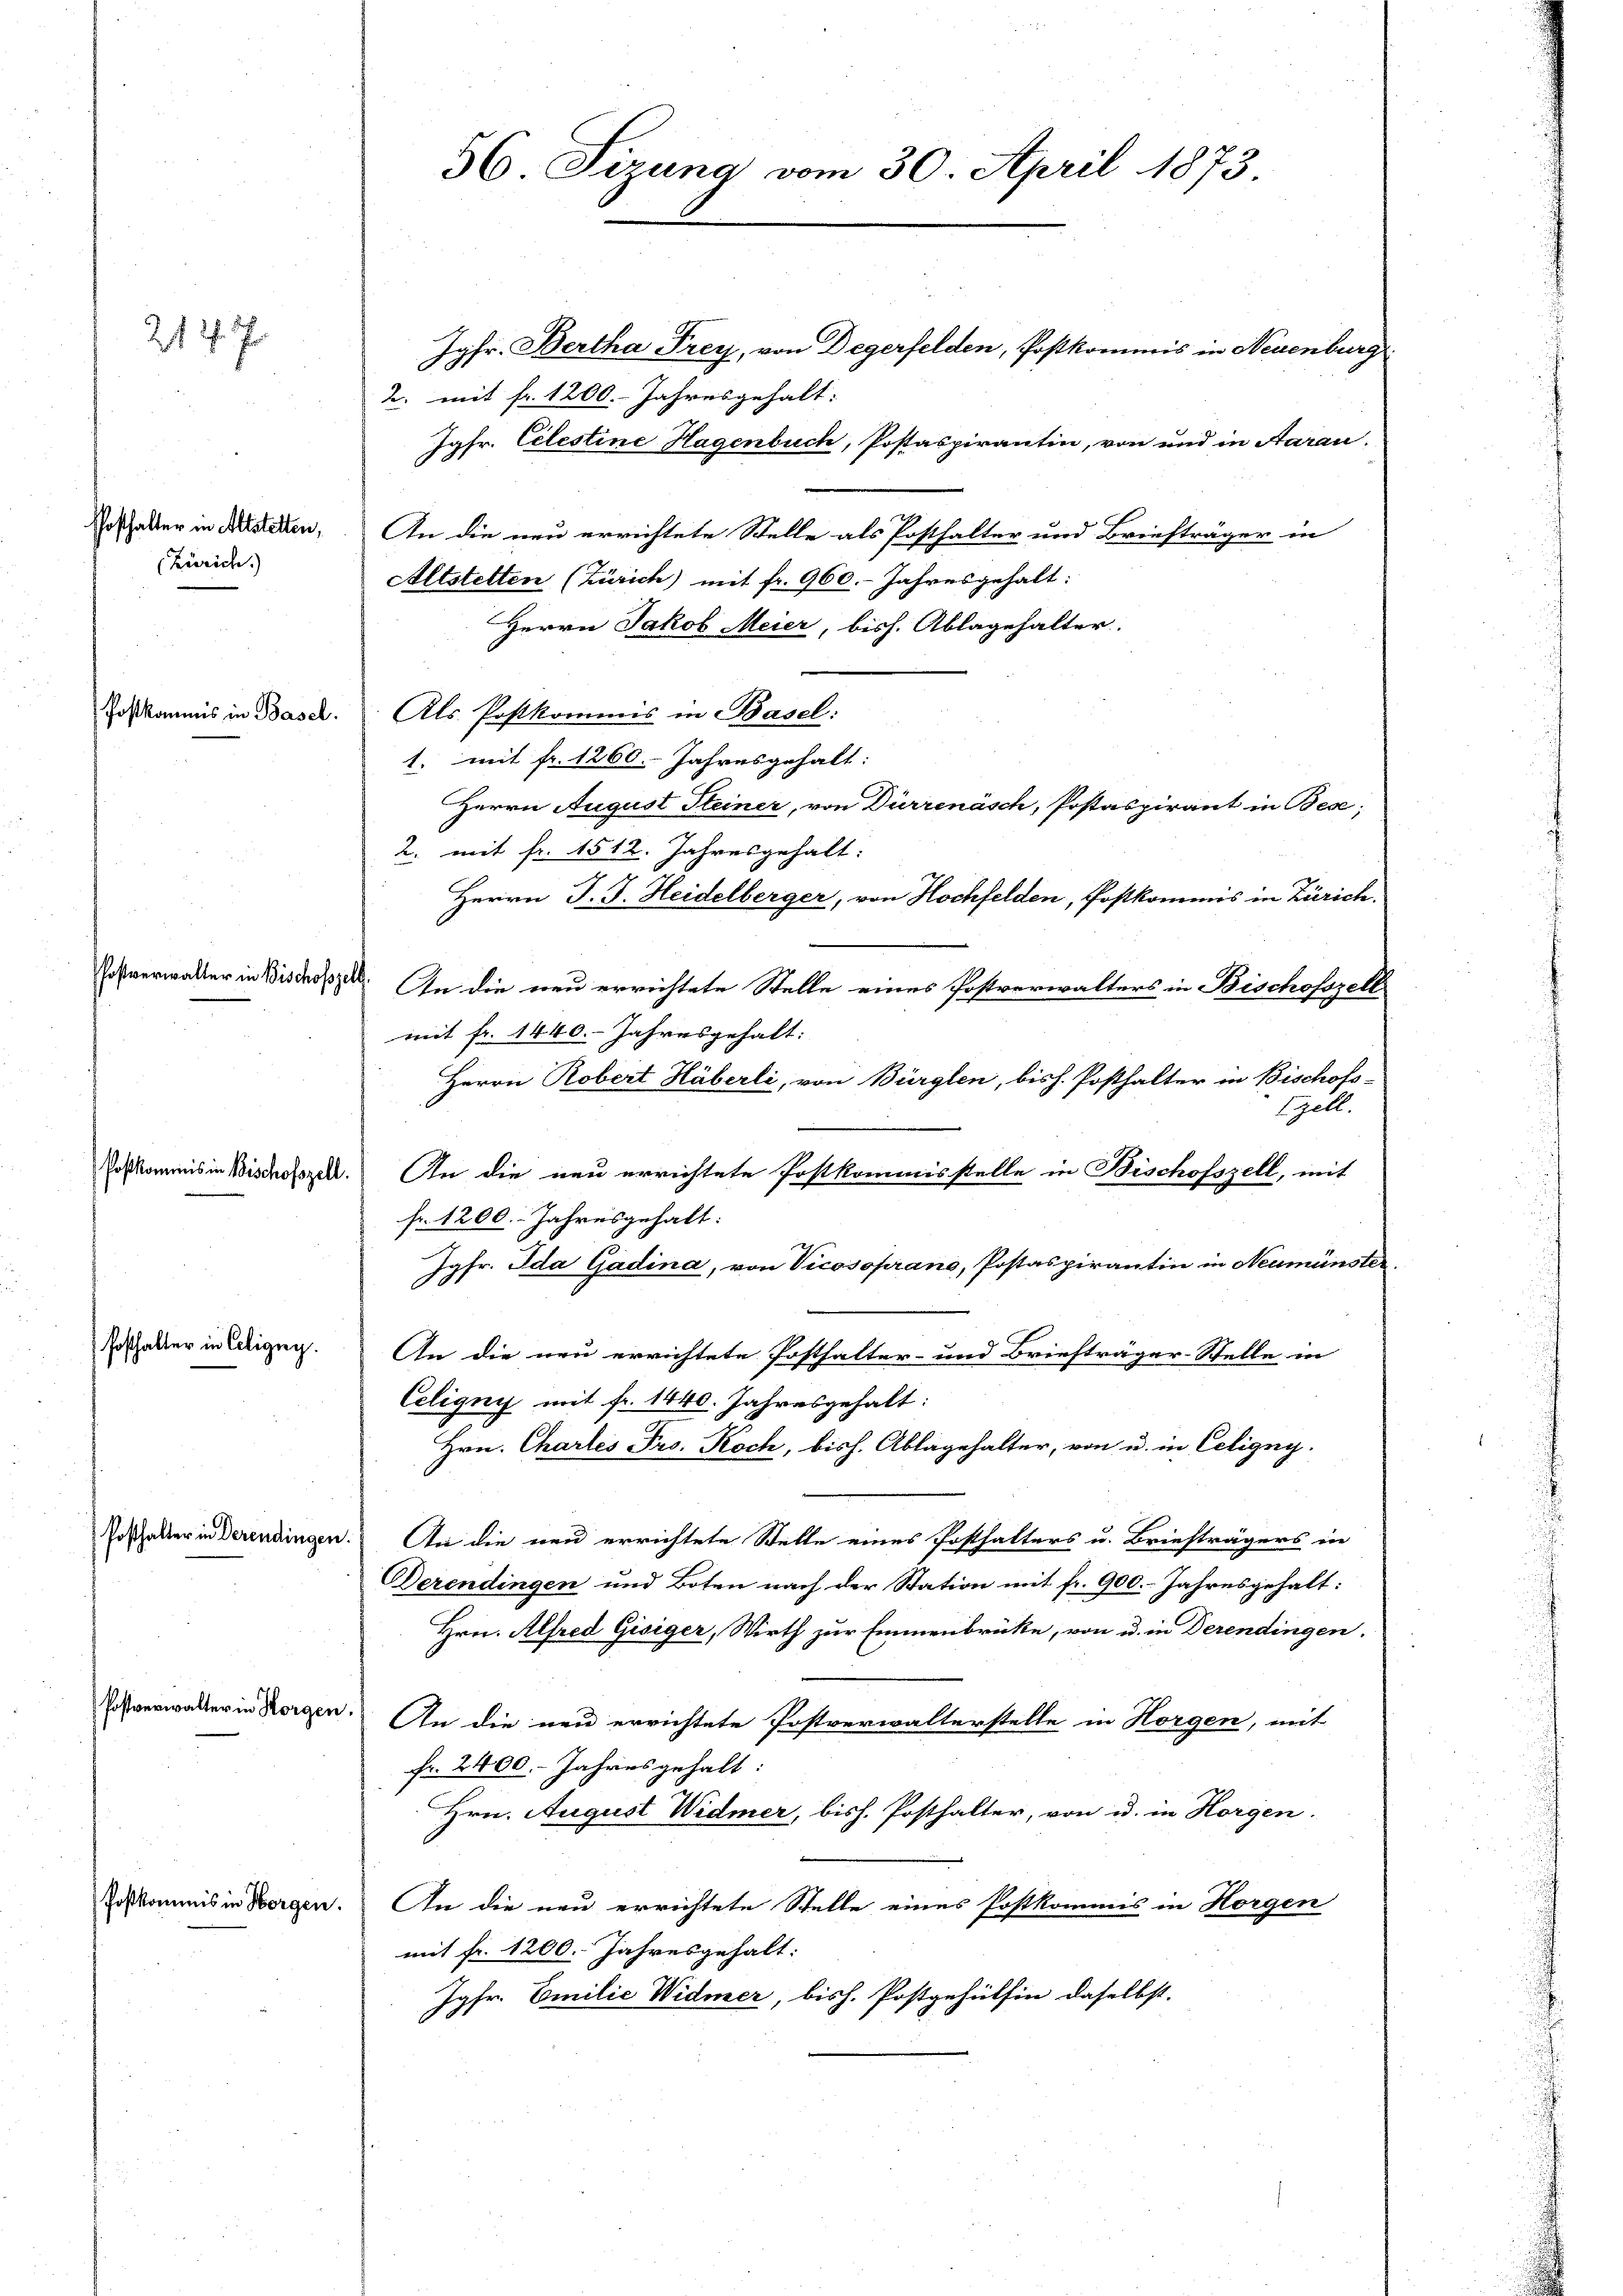
(Zürich.)

212. J

hosthalter in Coligny.

Postverwalter in Horgen,

56. Sizung vom 30. April 1873.

Jgfr. Bertha Frey, von Degerfelden, Postkommis in Neuenburg
2. mit fr. 1200. Jahresgehalt:
Jgfr. Celestine Hagenbuch, Postaspirantin, von und in Aarau
Potthalter in Fristeren, An die neu errichtete Stelle als Posthalter und Briefträger in
Altstetten (Zürich) mit fr. 960.- Jahresgehalt:
Herrn Jakob Meier, bish. Ablagehalter.
skommis in Basel. Als Postkommis in Basel.
1. mit fr. 1260. Jahresgehalt:
Herrn August Steiner, von Dürrenäsch, Postaspirant in Bese;
2. mit fr. 1512. Jahresgehalt:
Herrn J. J. Heidelberger, von Hochfelden, Postkommis in Zürich.
waller in Bischose. An die neu errichtete Stelle eines Postverwalters in Bischofszell
mit fr. 1440. Jahresgehalt:
Herrn Robert Häberli, von Bürglen, bish. Posthalter in Bischofs-
Ezell.
Postkommis in Bischofzell. An die neu errichtete Postkommisstelle in Bischofszell, mit
fr. 1200. Jahresgehalt:
Jgfr. Ida Gadina, von Vicosoprano, Postaspirantin in Neumünster
An die neu errichtete Posthalter- und Briefträger-Stelle in
Celignys mit fr. 1440. Jahresgehalt:
Hrn. Chartes Pro. Koch, bish. Ablagehalter, von u. in Eeligny-
Posthalter in derendingen. An die neu errichtete Stelle eines Posthalters u. Briefträgers in
Berendingen und Boten nach der Station mit fr. 900. Jahresgehalt:
Hrn. Alfred Gisiger, Wirth zur Emmenbrücke, von u. in Derendingen.
An die neu errichtete Postverwalterstelle in Horgen, mit
fr. 2400. Jahres gehalt:
Hrn. August Widmer, bish. Posthalter, von u. in Horgen.
Joskommis in Horgen. An die neu errichtete Stelle eines Postkommis in Horgen
mit fr. 1200. Jahresgehalt:
Jgfr. Emilie Widmer, bish. Postgehülfen daselbst.